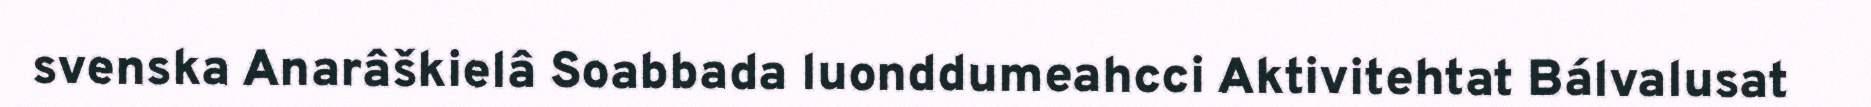
svenska Anarâškielâ Soabbada luonddumeahcci Aktivitehtat Bálvalusat